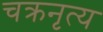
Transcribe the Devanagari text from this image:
चक्रनृत्य